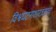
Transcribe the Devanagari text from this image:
विश्वघटनाशास्त्रज्ञांचा